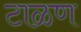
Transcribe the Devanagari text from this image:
टाळण